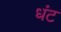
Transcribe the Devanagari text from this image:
धंट